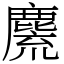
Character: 麍